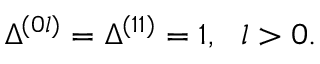
\Delta ^ { ( 0 l ) } = \Delta ^ { ( 1 1 ) } = 1 , ~ ~ l > 0 .